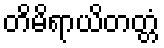
တိမိရာယိတတ္တံ